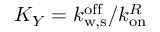
K _ { Y } = k _ { \mathrm { w , s } } ^ { \mathrm { o f f } } / k _ { \mathrm { o n } } ^ { R }